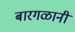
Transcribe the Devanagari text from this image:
बारगळानी